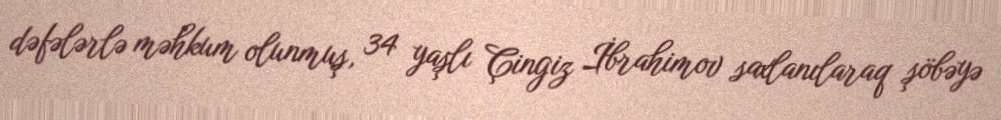
dəfələrlə məhkum olunmuş, 34 yaşlı Çingiz İbrahimov saxlanılaraq şöbəyə